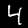
Digit: 4